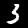
Digit: 3